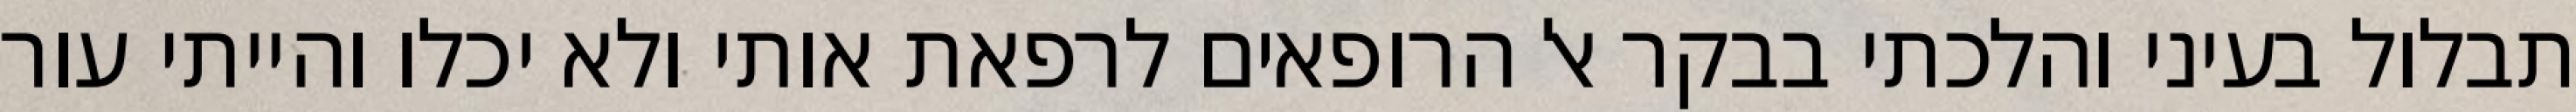
תבלול בעיני והלכתי בבקר אל הרופאים לרפאת אותי ולא יכלו והייתי עור